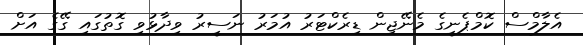
އެލާމްސް ކޮމްޕެނީގެ މެނޭޖިން ޑިރެކްޓަރު އުމަރު ނަސީރު ވިދާޅުވި ގޮތުގައި ގޭގެ އަށް